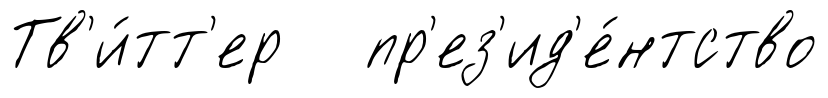
Тв'и́тт'ер пр'ез'ид'е́нтство